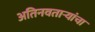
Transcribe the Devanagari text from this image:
अतिनवताऱ्यांचा